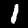
Digit: 1